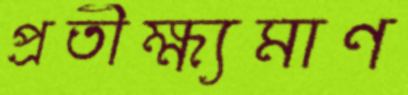
প্রতীক্ষ্যমাণ